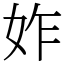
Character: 妰